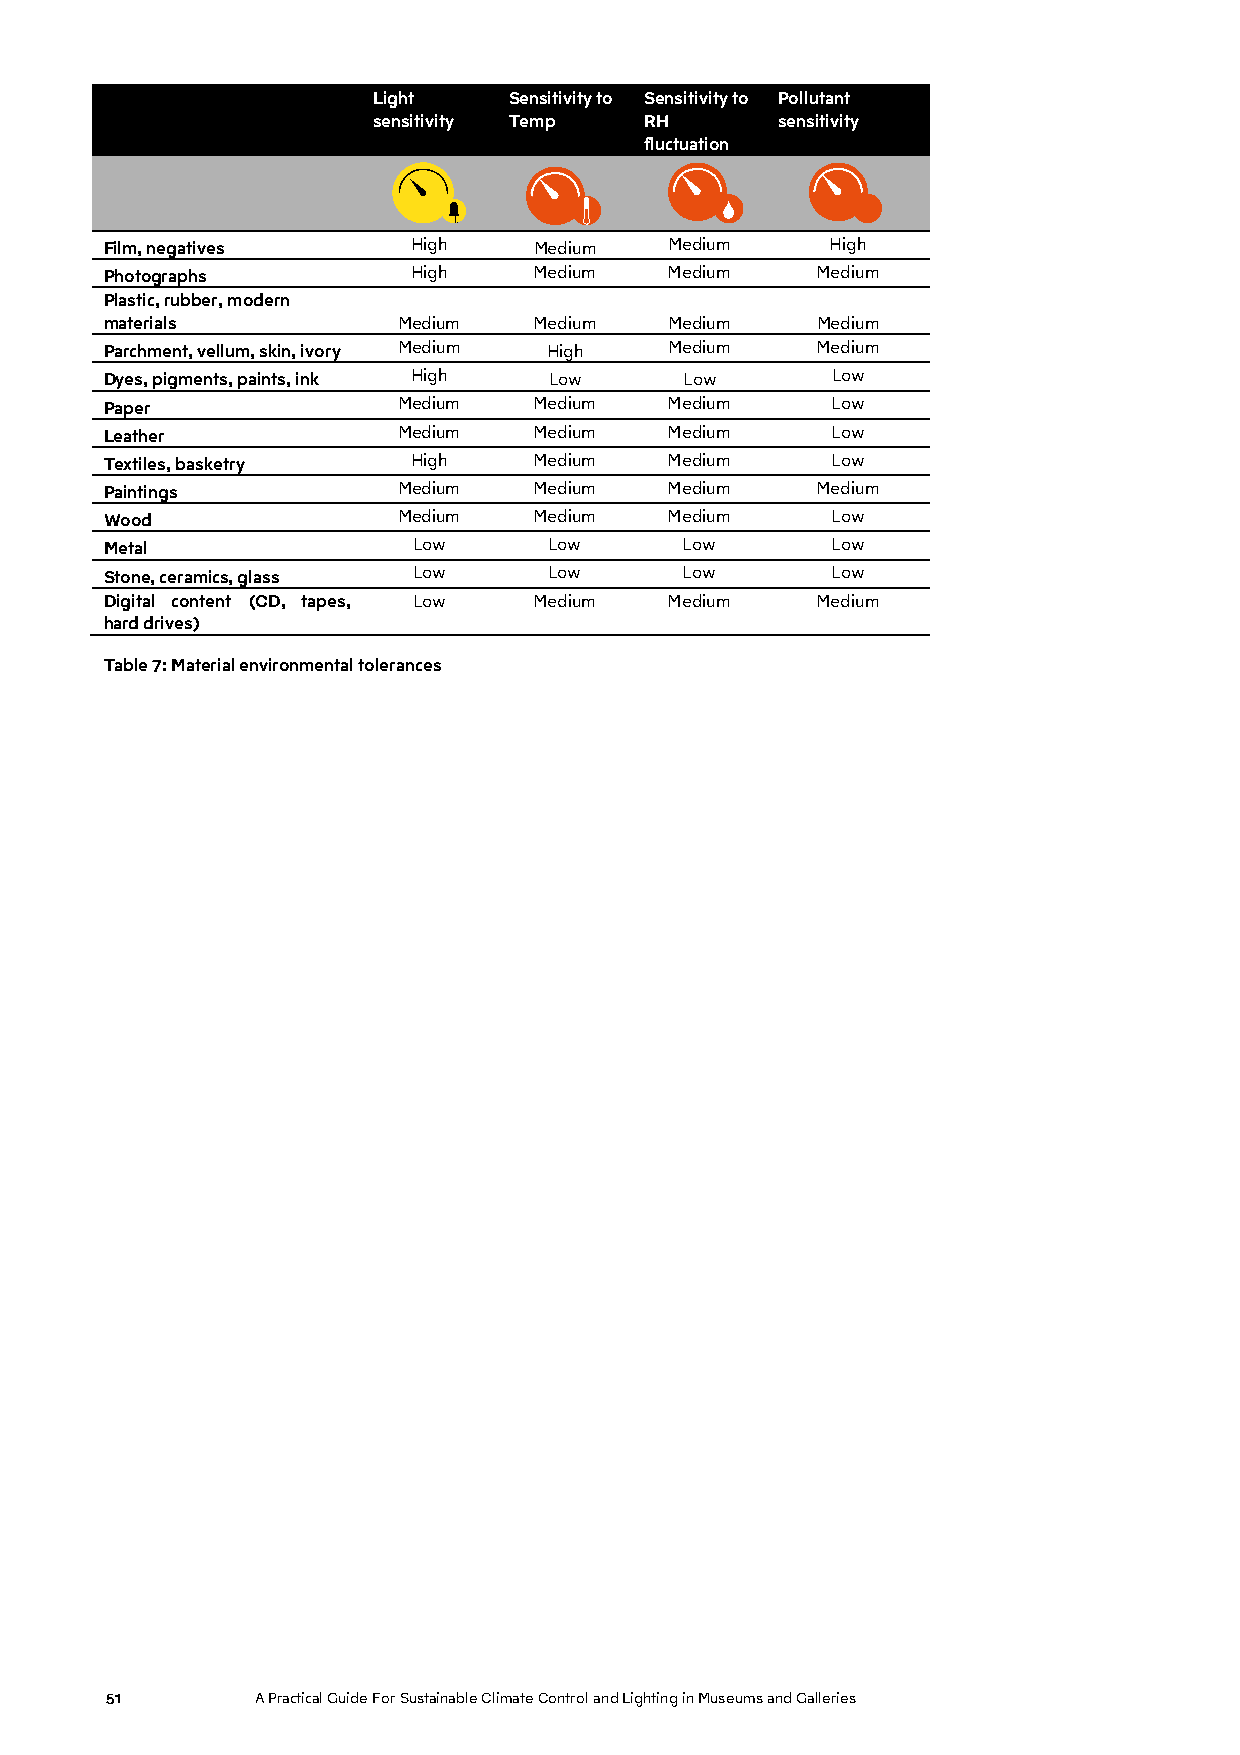
Light    Sensitivity to Sensitivity to Pollutant
 sensitivity Temp  RH       sensitivity
 fluctuation
 Film, negatives     High    Medium   Medium     High
 Photographs         High    Medium   Medium    Medium
 Plastic, rubber, modern
 materials          Medium   Medium   Medium    Medium
 Parchment, vellum, skin, ivory Medium High Medium Medium
 Dyes, pigments, paints, ink High Low  Low       Low
 Paper              Medium   Medium   Medium     Low
 Leather            Medium   Medium   Medium     Low
 Textiles, basketry  High    Medium   Medium     Low
 Paintings          Medium   Medium   Medium    Medium
 Wood               Medium   Medium   Medium     Low
 Metal               Low      Low      Low       Low
 Stone, ceramics, glass Low   Low      Low       Low
 Digital content (CD, tapes, Low Medium Medium  Medium
 hard drives)
 Table 7: Material environmental tolerances
 51        A Practical Guide For Sustainable Climate Control and Lighting in Museums and Galleries